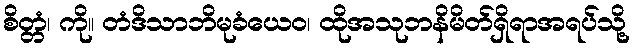
စိတ္တံ၊ ကို။ တံဒိသာဘိမုခံယေဝ၊ ထိုအသုဘနိမိတ်ရှိရာအရပ်သို့